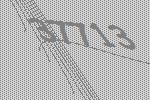
37713